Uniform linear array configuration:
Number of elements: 48
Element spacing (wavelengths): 0.75
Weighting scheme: blackman
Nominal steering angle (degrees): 0
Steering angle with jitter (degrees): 0.9634
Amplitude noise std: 0.05
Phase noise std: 0.05

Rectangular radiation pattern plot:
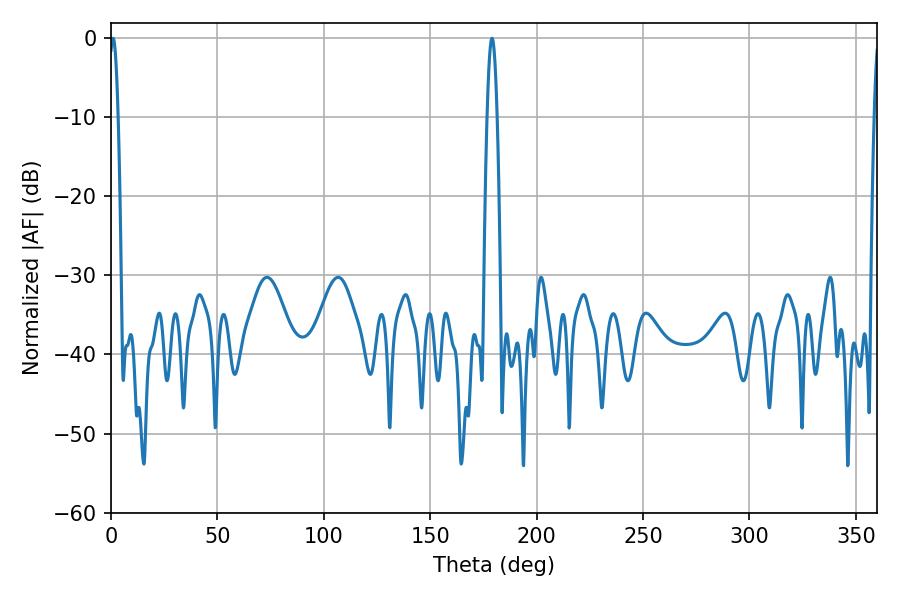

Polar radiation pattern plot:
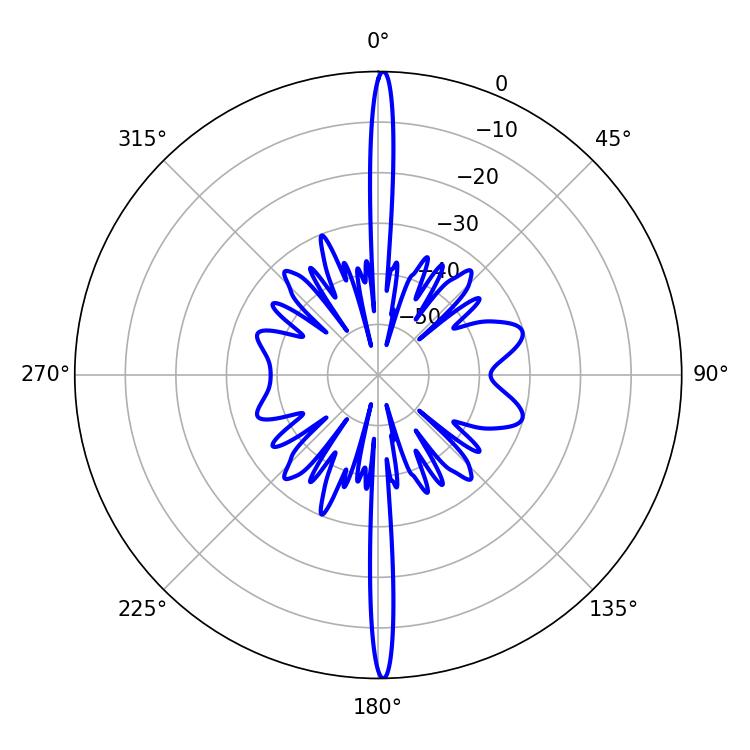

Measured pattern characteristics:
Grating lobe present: TRUE
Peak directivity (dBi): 30.246
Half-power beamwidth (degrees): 2.16
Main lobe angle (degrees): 0.9